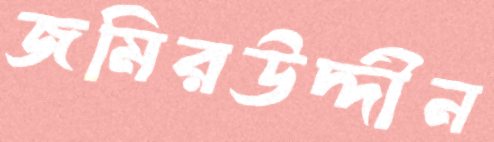
জমিরউদ্দীন